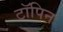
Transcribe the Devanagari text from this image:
टॉपिन